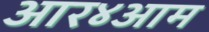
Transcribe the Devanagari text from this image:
आर४आम